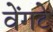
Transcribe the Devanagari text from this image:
वेंगटे